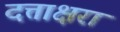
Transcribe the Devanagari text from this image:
दत्ताक्षरा